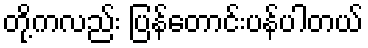
တို့ကလည်း ပြန်တောင်းပန်ပါတယ်